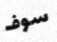
سوف